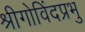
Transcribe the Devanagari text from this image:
श्रीगोविंदप्रभु